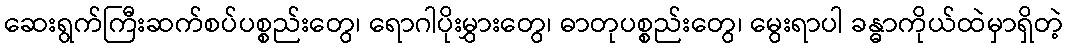
ဆေးရွက်ကြီးဆက်စပ်ပစ္စည်းတွေ၊ ရောဂါပိုးမွှားတွေ၊ ဓာတုပစ္စည်းတွေ၊ မွေးရာပါ ခန္ဓာကိုယ်ထဲမှာရှိတဲ့